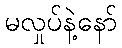
မလှုပ်နဲ့နော်